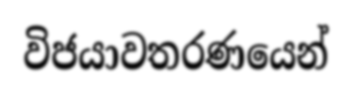
විජයාවතරණයෙන්